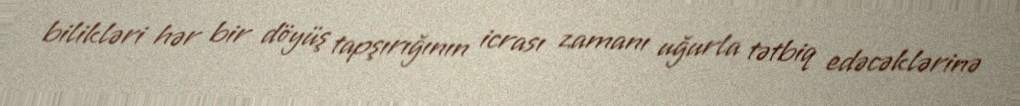
bilikləri hər bir döyüş tapşırığının icrası zamanı uğurla tətbiq edəcəklərinə